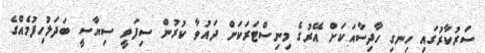
ސަރުކާރުގައި ހިނގި ހާދިސާއަކަށް އޭރުގެ މިނިސްޓަރަކަށް ދައުވާ ކުރުން ސިފަވީ ސިޔާސީ ބަދަލުހިފުމެއްގެ